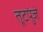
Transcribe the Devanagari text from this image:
तूटपुंजे